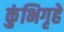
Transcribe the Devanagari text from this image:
कुंभिगृहे